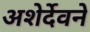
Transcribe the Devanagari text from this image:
अशेर्देवने